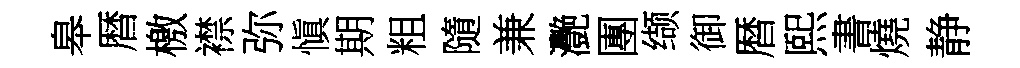
皋暦檄襟弥愼期粗隨兼灧團缬御暦熙書燒静